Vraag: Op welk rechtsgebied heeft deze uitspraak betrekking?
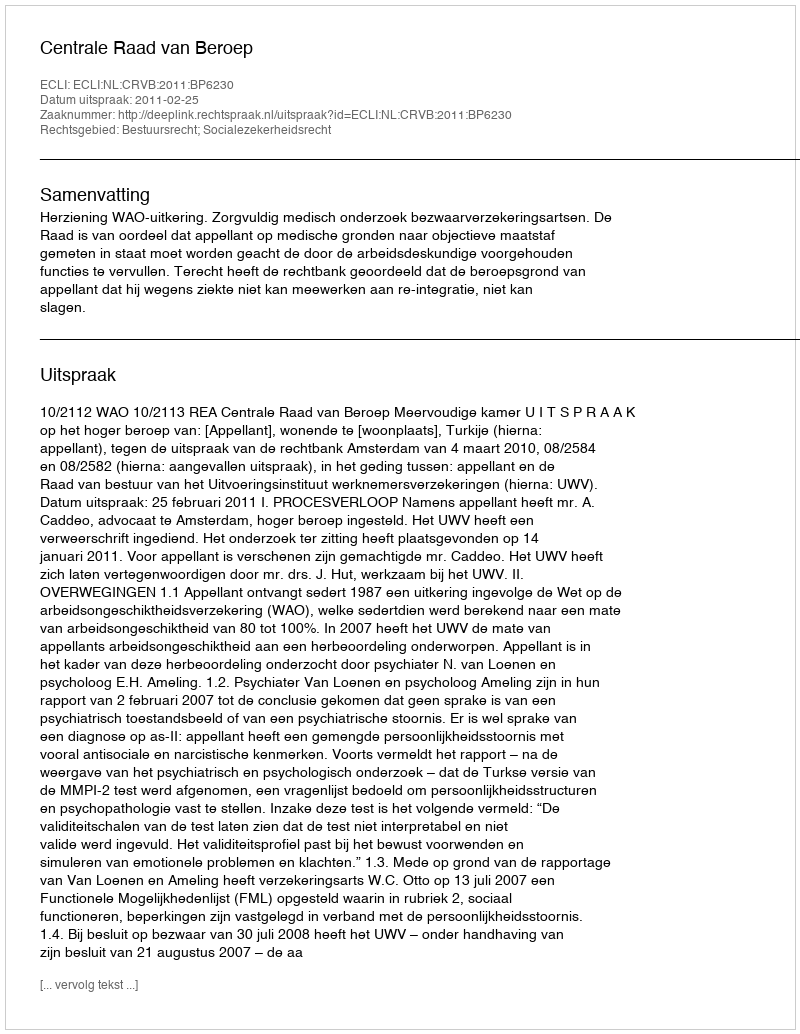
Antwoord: Bestuursrecht; Socialezekerheidsrecht